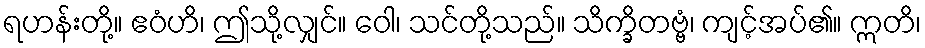
ရဟန်းတို့။ ဧဝံဟိ၊ ဤသို့လျှင်။ ဝေါ၊ သင်တို့သည်။ သိက္ခိတဗ္ဗံ၊ ကျင့်အပ်၏။ ဣတိ၊